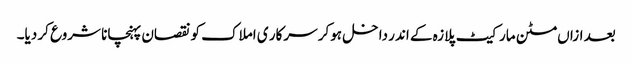
بعد ازاں مٹن مارکیٹ پلازہ کے اندر داخل ہوکر سرکار ی املاک کو نقصان پہنچانا شروع کر دیا۔